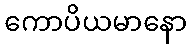
ကောပိယမာနော